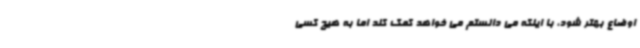
اوضاع بهتر شود، با اینکه می دانستم می خواهد کمک کند اما به هیچ کسی